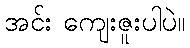
အင်း ကျေးဇူးပါပဲ။